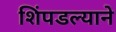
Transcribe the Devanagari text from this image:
शिंपडल्याने